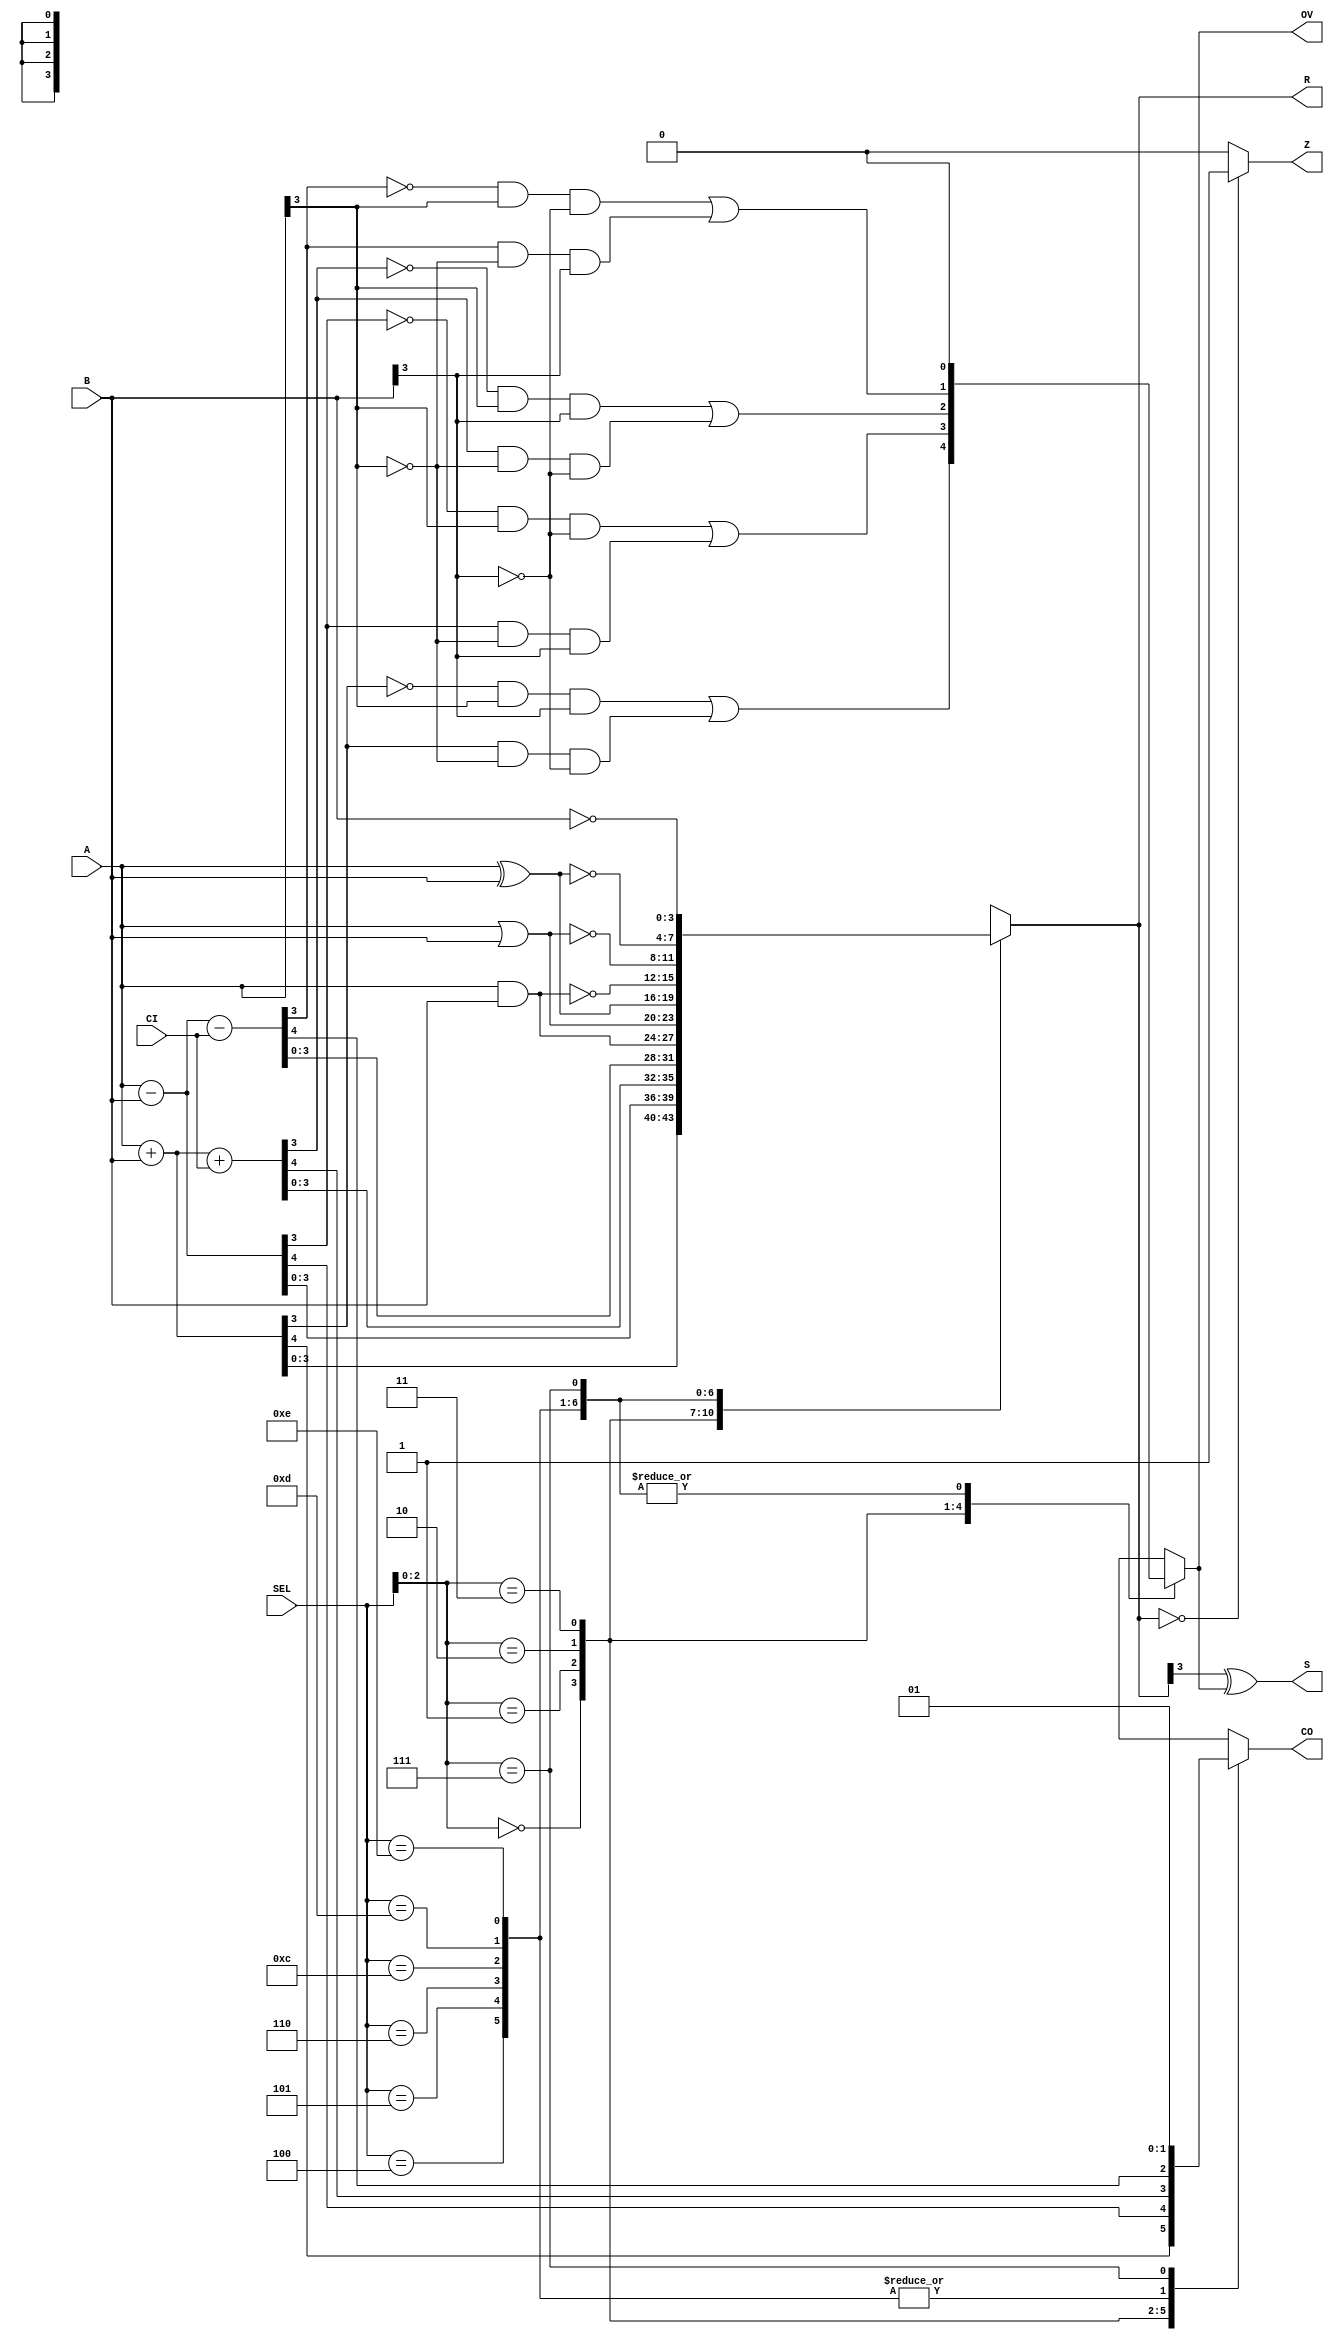
module alu_core_4bits(CI,SEL,A,B,R,CO,OV,Z,S);
input [3:0] A, B; //INPUT A,B
input [3:0] SEL; //SELECT
input CI; //CARRY IN
output reg [3:0] R; //RESULT
output reg CO; //CARRY OUT
output reg OV; //OVERFLOW
output Z; //ZERO
output S; //SIGN
always @(CI,A,B,SEL)
begin
casex (SEL)
4'bx000: begin
{CO, R} = (A + B);
OV = (~R[3]&A[3]&B[3])|(R[3]&~A[3]&~B[3]) ;
end
4'bx001:begin
{CO, R} = (A - B);
OV = (~R[3]&A[3]&~B[3])|(R[3]&~A[3]&B[3]);
end
4'bx010:begin
{CO, R} = (A + B + CI);
OV = (~R[3]&A[3]&B[3])|(R[3]&~A[3]&~B[3]);
end
4'bx011:begin
{CO, R} = A - B - CI;
OV = (~R[3]&A[3]&~B[3])|(R[3]&~A[3]&B[3]);
end
4'b0100:begin
R = A & B; // AND
CO = 1'b0;
OV = 1'b0;
end
4'b0101:begin
R = A | B; // OR
CO = 1'b0;
OV = 1'b0;
end
4'b0110:begin
R = A ^ B; // XOR
CO = 1'b0;
OV = 1'b0;
end
4'b1100:begin
R = ~(A & B); // NAND
CO = 1'b0;
OV = 1'b0;
end
4'b1101:begin
R = ~(A | B); // NOR
CO = 1'b0;

OV = 1'b0;
end
4'b1110:begin
R = ~(A ^ B); // XNOR
CO = 1'b0;
OV = 1'b0;
end
4'bx111:begin
R = ~B; // NOT
CO = 1'b1; // PARA ALGUNAS ALU COMO AVR
OV = 1'b0;
end
endcase
end
assign S = R[3] ^ OV; // SIGN = R[3] XOR OVERFLOW
assign Z = (R == 4'b0)? 1'b1: 1'b0; // ZERO = 0 SOLO SI R = 0
endmodule